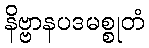
နိဗ္ဗာနပဒမစ္စုတံ